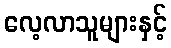
လေ့လာသူများနှင့်